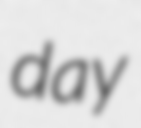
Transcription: day